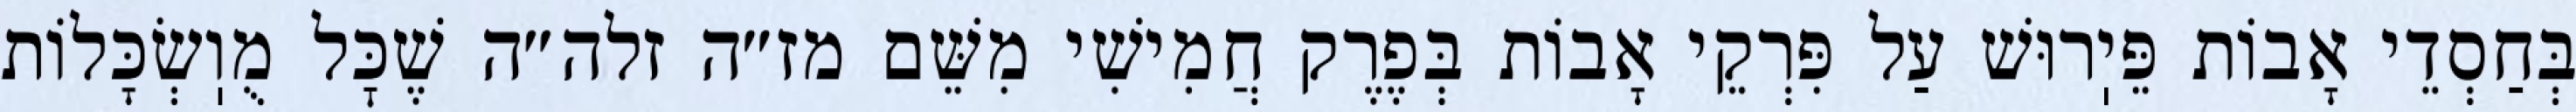
בְּחַסְדֵי אָבוֹת פֵּיֽרוּשׁ עַל פִּרְקֵי אָבוֹת בְּפֶרֶק חֲמִישִׁי מִשֵּׁם מז״ה זלה״ה שֶׁכׇּל מֻוֽשְׂכָּלוֹת